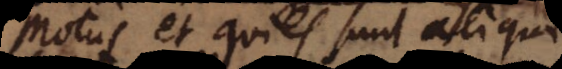
Motus et quies sunt aliquid